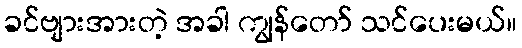
ခင်ဗျားအားတဲ့ အခါ ကျွန်တော် သင်ပေးမယ်။